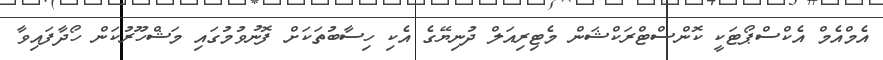
އެމްއެމް އެކްސްޕޯޓަކީ ކޮންސްޓްރަކްޝަން މެޓިރިއަލް ދުނިޔޭގެ އެކި ހިސާބުތަކަށް ފޮޮނުވުމުގައި މަޝްހޫރުކަން ހޯދާފައިވާ